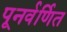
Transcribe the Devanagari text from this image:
पूनर्वर्णित